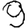
Digit: 9